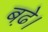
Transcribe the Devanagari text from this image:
बढे़।